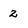
Character: 2